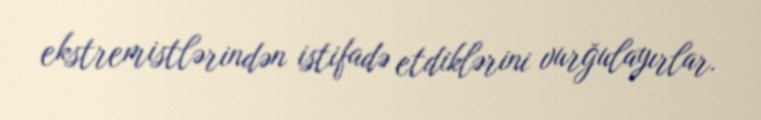
ekstremistlərindən istifadə etdiklərini vurğulayırlar.